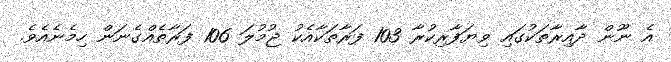
އެ ނޫން ދާއިރާތަކުގައި ވިޔަފާރިކުރާ 103 ފަރާތަކާއެކު ޖުމުލަ 106 ފަރާތެއްގެނަން ހިމެނެއެވެ.